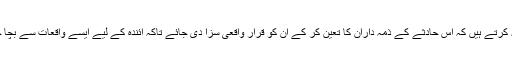
ہم مطالبہ کرتے ہیں کہ اس حادثے کے ذمہ داران کا تعین کر کے ان کو قرار واقعی سزا دی جائے تاکہ آئندہ کے لیے ایسے واقعات سے بچا جا سکے۔